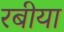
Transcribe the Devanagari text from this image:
रबीया